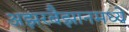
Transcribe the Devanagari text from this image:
अझरबैझानमध्ये